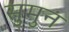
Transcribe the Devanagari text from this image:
सुमुन